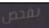
بفحص